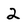
Character: 2